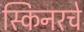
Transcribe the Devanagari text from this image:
स्किनरचे